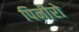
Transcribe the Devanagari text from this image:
पिनीरो